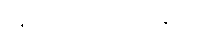
အဘယ်သို့ ရွတ်သနည်း။)